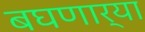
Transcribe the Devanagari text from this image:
बघणार्‍या